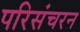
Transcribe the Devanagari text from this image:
परिसंचरन